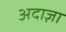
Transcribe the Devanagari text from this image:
अदाज़ा